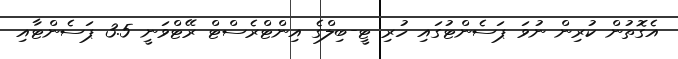
އެގޮތުން ކުރިން ނުވަ ޕަސެންޓުގައި ހުރި ޓީ-ބިލްގެ އިންޓްރެސްޓް ރޭޓްވަނީ 3.5 ޕަސެންޓާއި